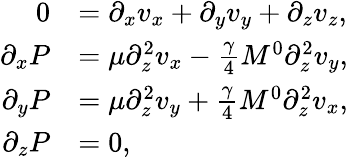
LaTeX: \begin{array}{rl}{0}&{=\partial_{x}v_{x}+\partial_{y}v_{y}+\partial_{z}v_{z},}\\ {\partial_{x}P}&{=\mu\partial_{z}^{2}v_{x}-\frac{\gamma}{4}M^{0}\partial_{z}^{2}v_{y},}\\ {\partial_{y}P}&{=\mu\partial_{z}^{2}v_{y}+\frac{\gamma}{4}M^{0}\partial_{z}^{2}v_{x},}\\ {\partial_{z}P}&{=0,}\end{array}